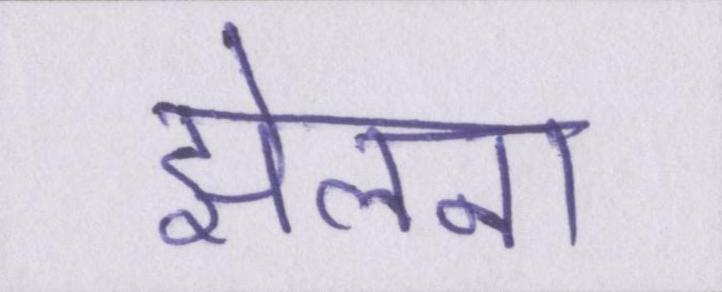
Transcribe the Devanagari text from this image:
झेलना